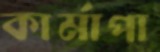
কার্মাপা